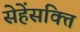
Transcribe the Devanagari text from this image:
सेहेंसक्ति